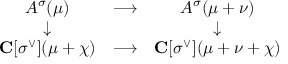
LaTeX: \begin{array} { c c c } { { A ^ { \sigma } ( \mu ) } } & { { \longrightarrow } } & { { A ^ { \sigma } ( \mu + \nu ) } } \\ { { \downarrow } } & { { \, } } & { { \downarrow } } \\ { { { \bf C } [ \sigma ^ { \vee } ] ( \mu + \chi ) } } & { { \longrightarrow } } & { { { \bf C } [ \sigma ^ { \vee } ] ( \mu + \nu + \chi ) } } \end{array}